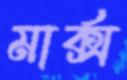
মার্ক্স